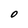
Character: O